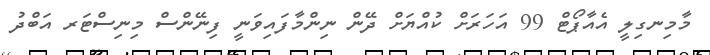
މާމިނގިލީ އެއާޕޯޓް 99 އަހަަރަށް ކުއްޔަށް ދޭން ނިންމާފައިވަނީ ފިނޭންސް މިނިސްޓަރ އަބްދު